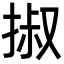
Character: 掓